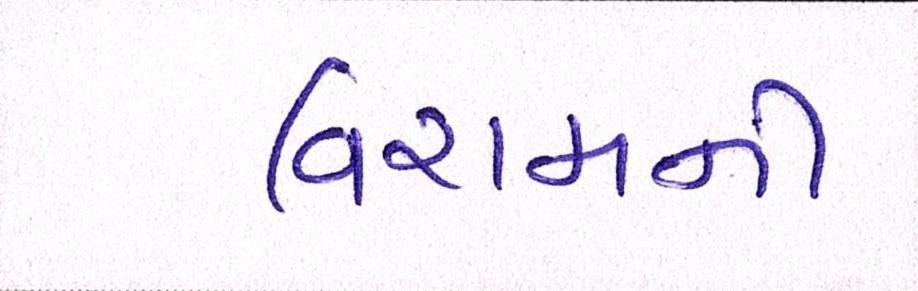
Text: વિરામની